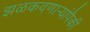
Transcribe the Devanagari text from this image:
झळकवणार्‍यांपैकी